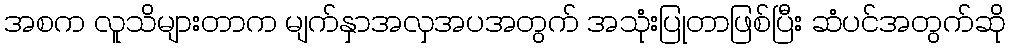
အစက လူသိများတာက မျက်နှာအလှအပအတွက် အသုံးပြုတာဖြစ်ပြီး ဆံပင်အတွက်ဆို